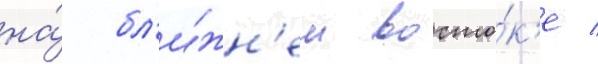
на́ бл'и́жн'ем восто́к'е /